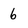
Character: 6